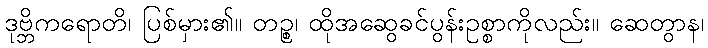
ဒုဗ္ဘိကရောတိ၊ ပြစ်မှား၏။ တဉ္စ၊ ထိုအဆွေခင်ပွန်းဥစ္စာကိုလည်း။ ဆေတွာန၊